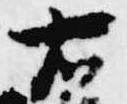
右